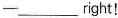
-___right!